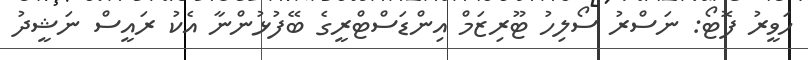
ހަވީރު ފޮޓޯ: ނަސްރު ސޯލިހު ޓޫރިޒަމް އިންޑަސްޓްރީގެ ބޭފުޅުންނާ އެކު ރައީސް ނަޝީދު